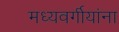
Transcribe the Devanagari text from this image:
मध्यवर्गीयांना